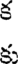
క